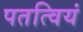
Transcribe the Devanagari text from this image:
पतत्वियं